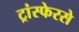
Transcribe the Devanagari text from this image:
ट्रांस्फेरसे